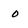
Character: 0